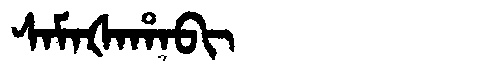
Manchu: ᠰᠠᠮᠠᡧᠠᡥᠠᠪᡳ
Romanization: SAMAŠAHABI